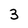
Character: 3